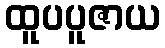
ထူပပူဇာယ